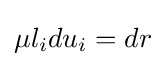
\mu l_{i}du_{i}=dr